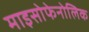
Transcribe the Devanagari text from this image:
माइसोफेनोलिक